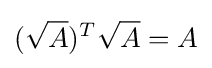
({\sqrt {A}})^{T}{\sqrt {A}}=A